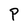
Character: P